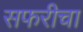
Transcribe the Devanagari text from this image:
सफरीचा